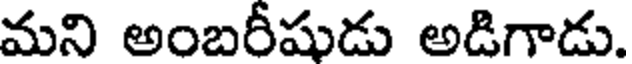
మని అంబరీషుడు అడిగాడు.